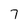
Character: 7